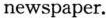
newspaper.